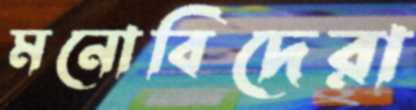
মনোবিদেরা